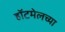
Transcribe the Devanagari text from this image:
हॉटमेलच्या